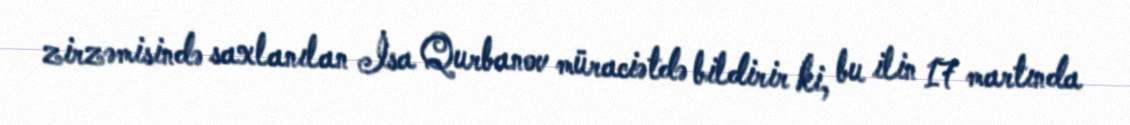
zirzəmisində saxlanılan İsa Qurbanov müraciətdə bildirir ki, bu ilin 17 martında